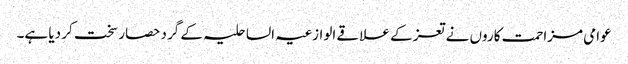
عوامی مزاحمت کاروں نے تعز کے علاقے الوازعیہ الساحلیہ کے گرد حصار سخت کر دیا ہے۔